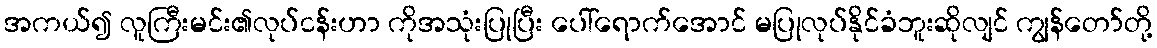
အကယ်၍ လူကြီးမင်း၏လုပ်ငန်းဟာ ကိုအသုံးပြုပြီး ပေါ်ရောက်အောင် မပြုလုပ်နိုင်ခံဘူးဆိုလျင် ကျွန်တော်တို့